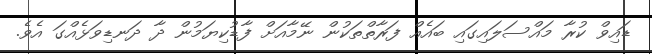
ޑައިވް ކުރާ މައްސަލައިގައި ބައެއް ފަރާތްތަކުން ނޭމާއަށް ފާޑުކިޔަމުން ދާ ދަނޑިވަޅެއްގަ އެވެ.